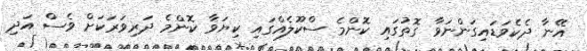
އޭނާ ދެކެވަޑައިގަންނަވާ ގޮތުގައި ކޮންމެ ސްކޫލެއްގައި ކިޔަވާ ކޮންމެ ދަރިވަރަކަށް ވެސް އަދި